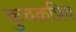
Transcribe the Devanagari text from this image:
कुचक्रप्रिय